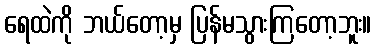
ရေထဲကို ဘယ်တော့မှ ပြန်မသွားကြတော့ဘူး။